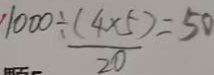
1 0 0 0 \div \frac { ( 4 \times 5 ) } { 2 0 } = 5 0